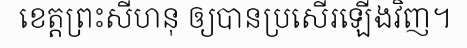
ខេត្តព្រះសីហនុ ឲ្យបានប្រសើរឡើងវិញ។